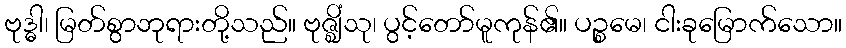
ဗုဒ္ဓါ၊ မြတ်စွာဘုရားတို့သည်။ ဗုဇ္ဈိံသု၊ ပွင့်တော်မူကုန်၏။ ပဉ္စမေ၊ ငါးခုမြောက်သော။